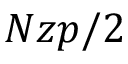
N z p / 2